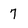
Character: 7